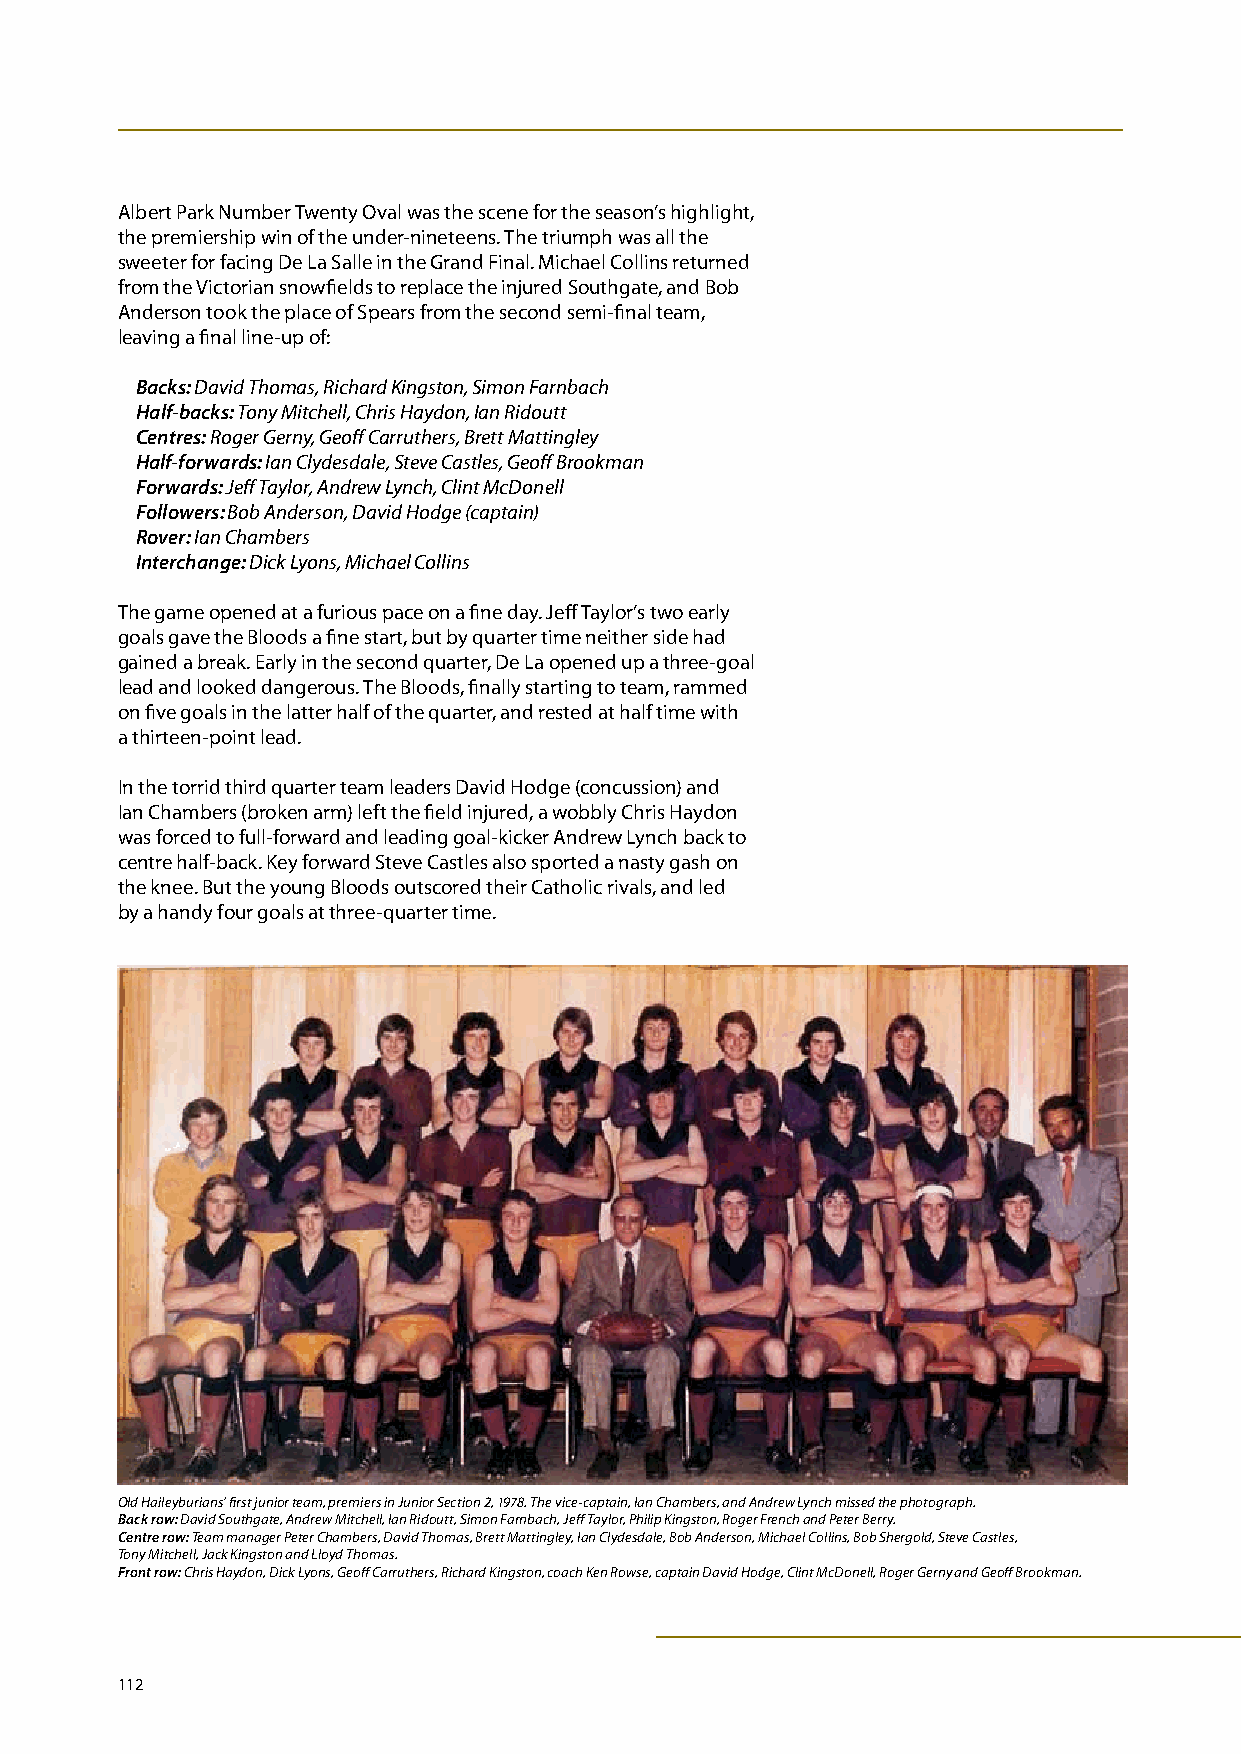
Albert Park Number Twenty Oval was the scene for the season’s highlight,
 the premiership win of the under-nineteens. The triumph was all the
 sweeter for facing De La Salle in the Grand Final. Michael Collins returned
 from the Victorian snowfields to replace the injured Southgate, and Bob
 Anderson took the place of Spears from the second semi-final team,
 leaving a final line-up of:
 Backs: David Thomas, Richard Kingston, Simon Farnbach
 Half-backs: Tony Mitchell, Chris Haydon, Ian Ridoutt
 Centres: Roger Gerny, Geoff Carruthers, Brett Mattingley
 Half-forwards: Ian Clydesdale, Steve Castles, Geoff Brookman
 Forwards: Jeff Taylor, Andrew Lynch, Clint McDonell
 Followers: Bob Anderson, David Hodge (captain)
 Rover: Ian Chambers
 Interchange: Dick Lyons, Michael Collins
 The game opened at a furious pace on a fine day. Jeff Taylor’s two early
 goals gave the Bloods a fine start, but by quarter time neither side had
 gained a break. Early in the second quarter, De La opened up a three-goal
 lead and looked dangerous. The Bloods, finally starting to team, rammed
 on five goals in the latter half of the quarter, and rested at half time with
 a thirteen-point lead.
 In the torrid third quarter team leaders David Hodge (concussion) and
 Ian Chambers (broken arm) left the field injured, a wobbly Chris Haydon
 was forced to full-forward and leading goal-kicker Andrew Lynch back to
 centre half-back. Key forward Steve Castles also sported a nasty gash on
 the knee. But the young Bloods outscored their Catholic rivals, and led
 by a handy four goals at three-quarter time.
 Old Haileyburians’ first junior team, premiers in Junior Section 2, 1978. The vice-captain, Ian Chambers, and Andrew Lynch missed the photograph.
 Back row: David Southgate, Andrew Mitchell, Ian Ridoutt, Simon Farnbach, Jeff Taylor, Philip Kingston, Roger French and Peter Berry.
 Centre row: Team manager Peter Chambers, David Thomas, Brett Mattingley, Ian Clydesdale, Bob Anderson, Michael Collins, Bob Shergold, Steve Castles,
 Tony Mitchell, Jack Kingston and Lloyd Thomas.
 Front row: Chris Haydon, Dick Lyons, Geoff Carruthers, Richard Kingston, coach Ken Rowse, captain David Hodge, Clint McDonell, Roger Gerny and Geoff Brookman.
 112